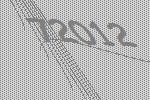
72012